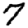
Digit: 7